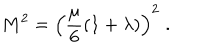
LaTeX: M ^ { 2 } = \left( { \frac { \mu } { 6 } } ( 1 + \lambda ) \right) ^ { 2 } \; .